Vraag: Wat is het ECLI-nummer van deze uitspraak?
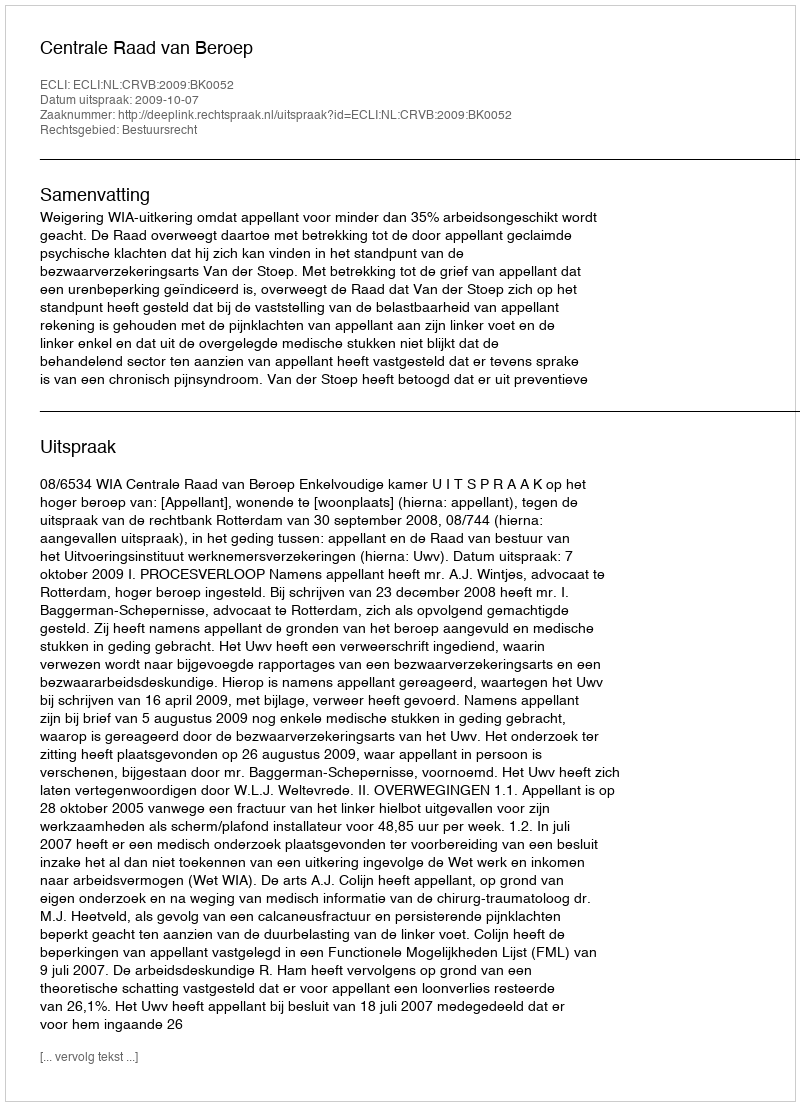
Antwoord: ECLI:NL:CRVB:2009:BK0052